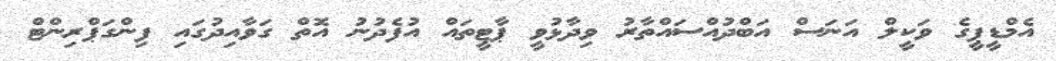
އެމްޑީޕީގެ ވަކީލް އަނަސް އަބްދުއްސައްތާރު ވިދާޅުވީ ޕާޓީތައް އުފެދުނު އޮތް ގަވާއިދުގައި ފިންގަޕްރިންޓް